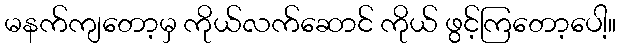
မနက်ကျတော့မှ ကိုယ်လက်ဆောင် ကိုယ် ဖွင့်ကြတော့ပေါ့။